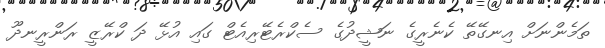
ތަމެންނަށް އިނގޭތޭ ކެނެރީގެ ނަޝީދުގެ ސެކްރެޓޭރިއެޓް ގައި އުޅޭ ދަ ކްރޭޒީ ރަންރީނދޫ